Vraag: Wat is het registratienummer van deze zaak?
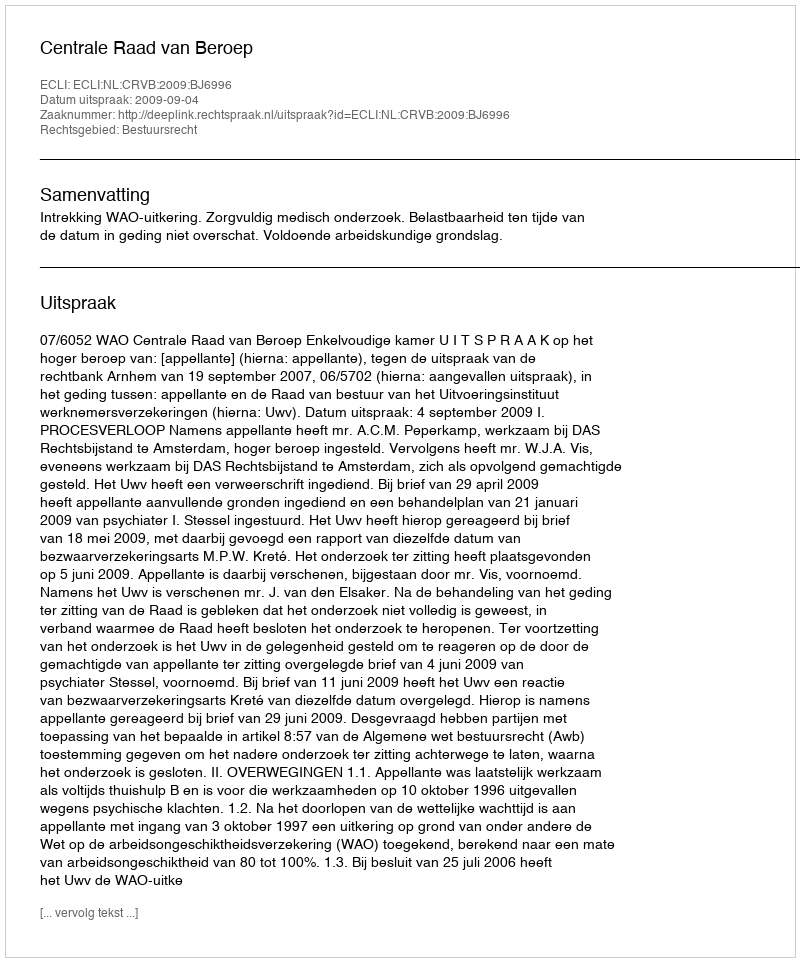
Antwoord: http://deeplink.rechtspraak.nl/uitspraak?id=ECLI:NL:CRVB:2009:BJ6996